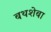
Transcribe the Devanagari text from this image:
बथशेबा